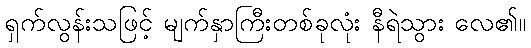
ရှက်လွန်းသဖြင့် မျက်နှာကြီးတစ်ခုလုံး နီရဲသွား လေ၏။